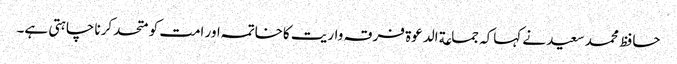
حافظ محمد سعید نے کہاکہ جماعة الدعوة فرقہ واریت کاخاتمہ اور امت کو متحد کرنا چاہتی ہے۔